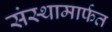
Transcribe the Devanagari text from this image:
संस्थामार्फत